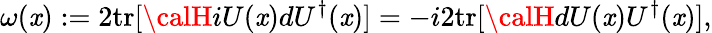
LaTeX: \omega(\mathit{x}):=2\mathrm{{tr}}[{\calH}iU(\mathit{x})dU^{\dagger}(\mathit{x})]=-i2\mathrm{{tr}}[{\calH}dU(\mathit{x})U^{\dagger}(\mathit{x})],